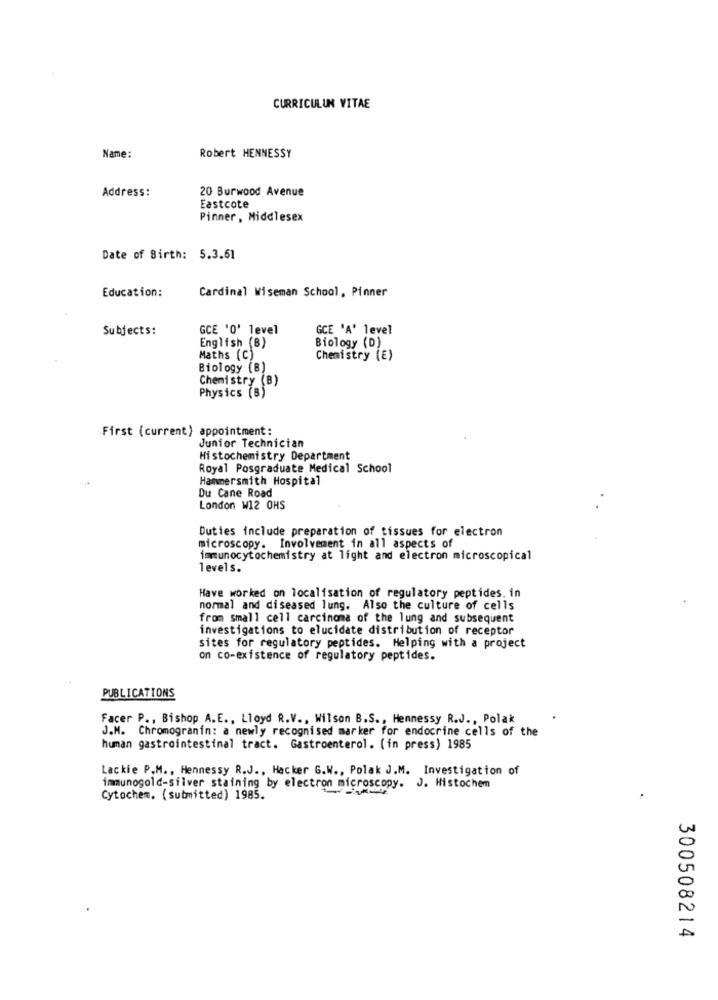
CURRICULUM VITAE
Name:
Robert HENNESSY
Address:
20 Burwood Avenue
Eastcote
Pinner, Middlesex
Date of Birth: 5.3.61
Education:
Cardinal Wiseman School, Pinner
Subjects:
GCE '0' level
GCE 'A' level
English (B)
Biology (D)
Maths (C)
Chemistry (E)
Biology (B)
Chemistry (B)
Physics (B)
-First (current) appointment:
Junior Technician
Histochemistry Department
Royal Posgraduate Medical School
Hammersmith Hospital
Du Cane Road
London W12 OHS
Duties include preparation of tissues for electron
microscopy. Involvement in all aspects of
immunocytochemistry at light and electron microscopical
levels.
Have worked on localisation of regulatory peptides. in
normal and diseased lung. Also the culture of cells
from small cell carcinoma of the lung and subsequent
investigations to elucidate distribution of receptor
sites for regulatory peptides. Helping with a project
on co-existence of regulatory peptides.
PUBLICATIONS
Facer P ., Bishop A.E ., Lloyd R.V ., Wilson B.S ., Hennessy R.J ., Polak
J.M. Chromogranin: a newly recognised marker for endocrine cells of the
human gastrointestinal tract. Gastroenterol. (in press) 1985
Lackie P.M ., Hennessy R.J ., Hacker G.W ., Polak J.M. Investigation of
immunogold-silver staining by electron microscopy. J. Histochem
Cytochem. (submitted) 1985.
300508214